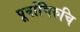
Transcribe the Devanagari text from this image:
पूर्वाभिरुचि